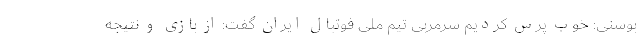
بوسنی: خوب پرس کردیم سرمربی تیم ملی فوتبال ایران گفت: از بازی و نتیجه